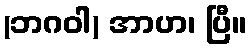
(ဘဂဝါ) အာဟ၊ ပြီ။